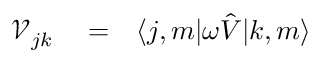
\begin{array} { r l r } { { \mathcal V } _ { j k } } & { { } = } & { \langle j , m | \omega { \hat { V } } { | k , m \rangle } } \end{array}